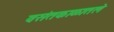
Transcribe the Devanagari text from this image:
वसंतकाळातले